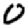
Digit: 0